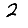
Digit: 2